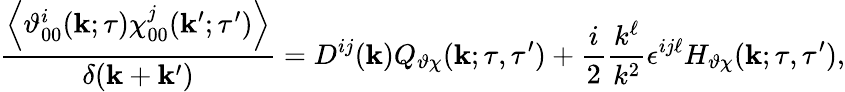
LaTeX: \frac{\left\langle{\vartheta_{00}^{i}({\mathbf{k}};\tau)\chi_{00}^{j}({\mathbf{k}}^{\prime};\tau^{\prime})}\right\rangle}{\delta({\mathbf{k}}+{\mathbf{k}}^{\prime})}=D^{ij}({\mathbf{k}})Q_{\vartheta\chi}({\mathbf{k}};\tau,\tau^{\prime})+\frac{i}{2}\frac{k^{\ell}}{k^{2}}\epsilon^{ij\ell}H_{\vartheta\chi}({\mathbf{k}};\tau,\tau^{\prime}),